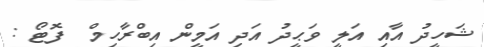
ޝަހީދު އާއި އަލީ ވަޙީދު އަދި އަމީން އިބްރާހިމް  ފޮޓޯ :